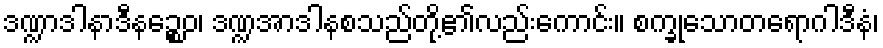
ဒဏ္ဍာဒါနာဒီနဉ္စေဝ၊ ဒဏ္ဍအာဒါနစသည်တို့၏လည်းကောင်း။ စက္ခုသောတရောဂါဒီနံ၊